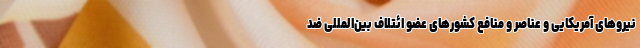
نیروهای آمریکایی و عناصر و منافع کشورهای عضو ائتلاف بین‌المللی ضد